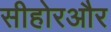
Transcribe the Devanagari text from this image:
सीहोरऔर